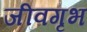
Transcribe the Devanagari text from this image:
जीवगृभ